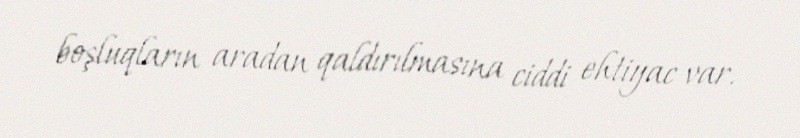
boşluqların aradan qaldırılmasına ciddi ehtiyac var.